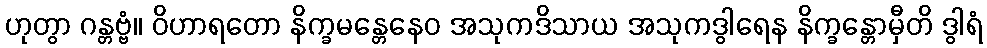
ဟုတွာ ဂန္တဗ္ဗံ။ ဝိဟာရတော နိက္ခမန္တေနေဝ အသုကဒိသာယ အသုကဒွါရေန နိက္ခန္တောမှီတိ ဒွါရံ